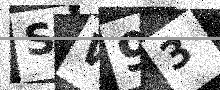
Text: SW93